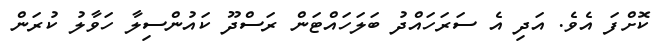
ކޮށްފަ އެވެ. އަދި އެ ސަރަހައްދު ބަލަހައްޓަން ރަސްދޫ ކައުންސިލާ ހަވާލު ކުރަން